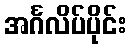
အင်္ဂလိပ်ပိုင်း